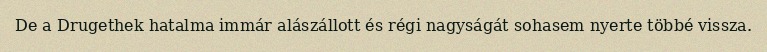
De a Drugethek hatalma immár alászállott és régi nagyságát sohasem nyerte többé vissza.